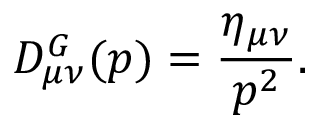
D _ { \mu \nu } ^ { G } ( p ) = \frac { \eta _ { \mu \nu } } { p ^ { 2 } } .